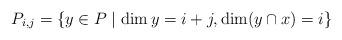
LaTeX: \begin{align*}P_{i,j} = \lbrace y \in P \mid \dim y = i+j, \dim(y \cap x) = i \rbrace\end{align*}